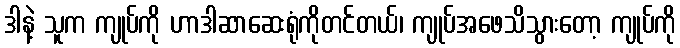
ဒါနဲ့ သူက ကျုပ်ကို ဟာဒါဆာဆေးရုံကိုတင်တယ်၊ ကျုပ်အဖေသိသွားတော့ ကျုပ်ကို